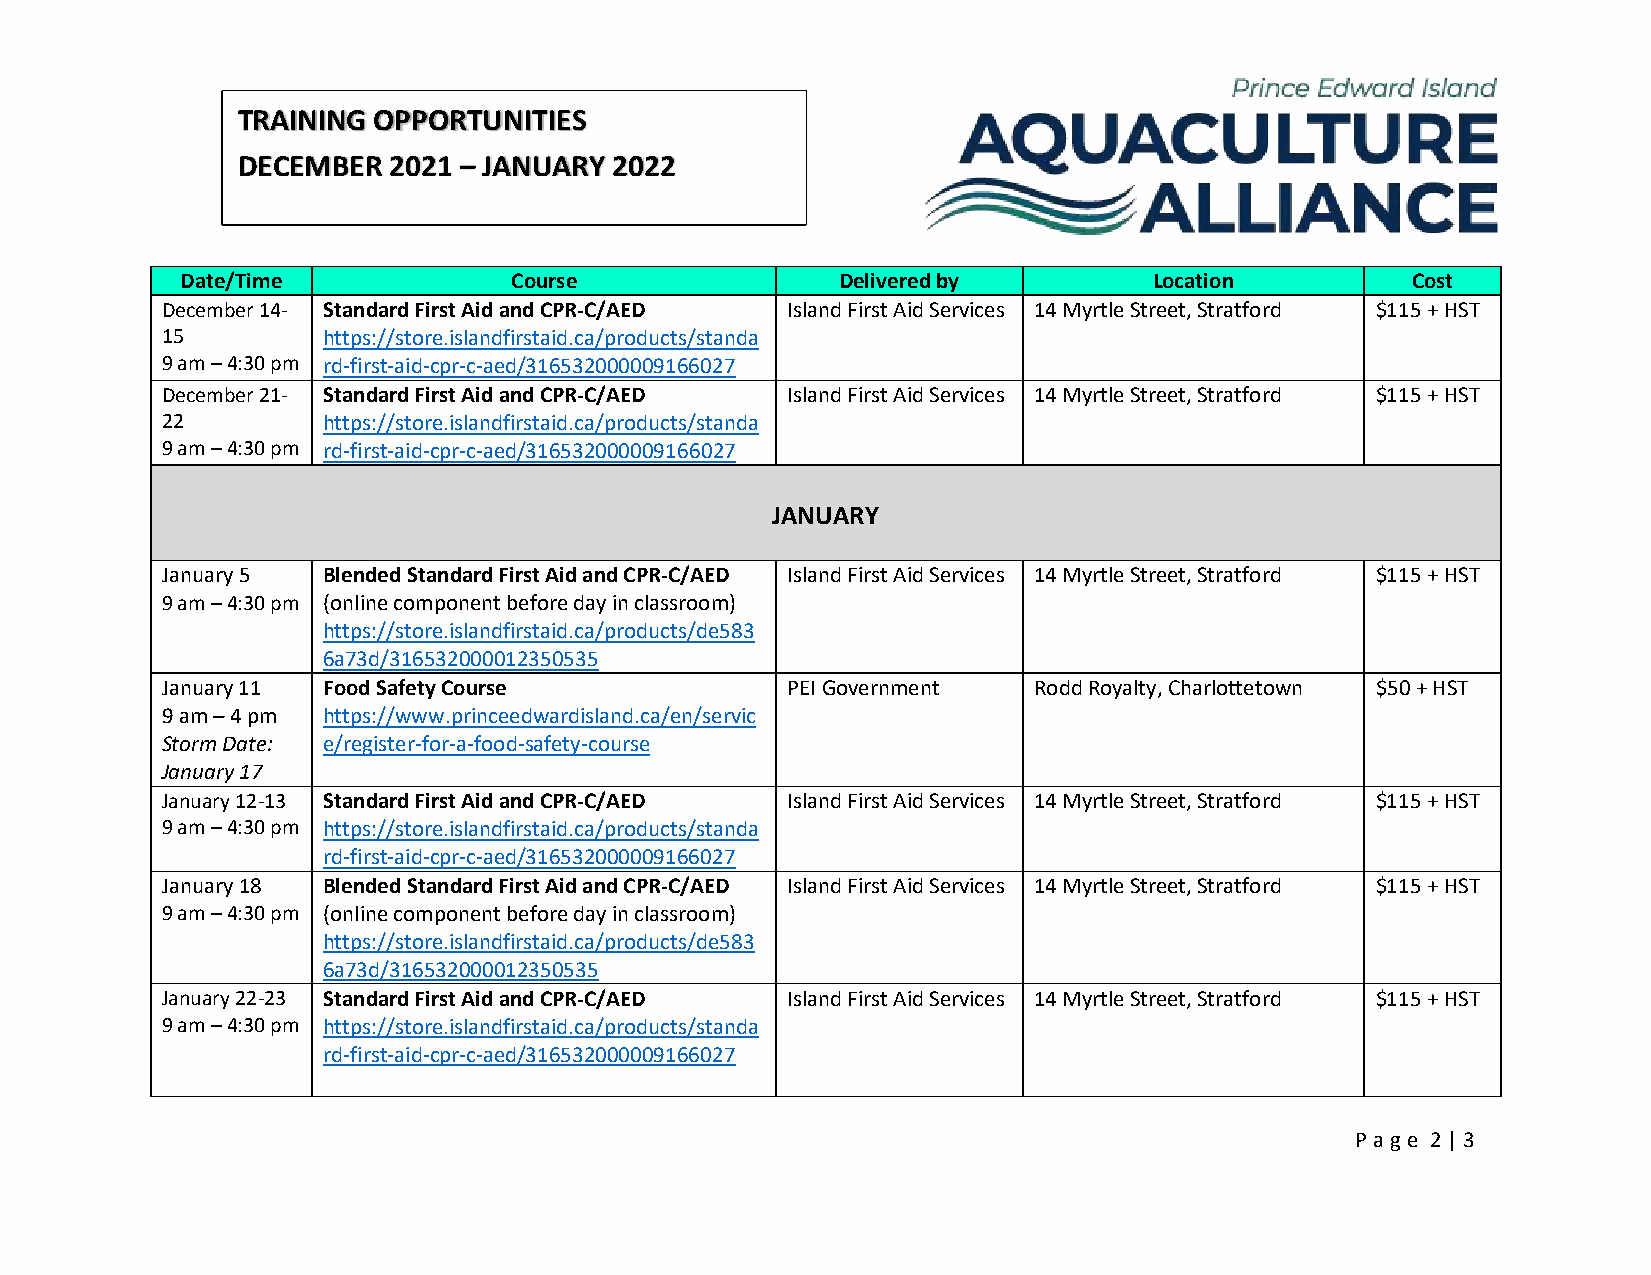
TRAINING OPPORTUNITIES
 DECEMBER  2021 – JANUARY 2022
 Date/Time             Course                Delivered by        Location         Cost
 December 14- Standard First Aid and CPR-C/AED Island First Aid Services 14 Myrtle Street, Stratford $115 + HST
 15        https://store.islandfirstaid.ca/products/standa
 9 am – 4:30 pm rd-first-aid-cpr-c-aed/316532000009166027
 December 21- Standard First Aid and CPR-C/AED Island First Aid Services 14 Myrtle Street, Stratford $115 + HST
 22        https://store.islandfirstaid.ca/products/standa
 9 am – 4:30 pm rd-first-aid-cpr-c-aed/316532000009166027
 JANUARY
 January 5 Blended Standard First Aid and CPR-C/AED Island First Aid Services 14 Myrtle Street, Stratford $115 + HST
 9 am – 4:30 pm (online component before day in classroom)
 https://store.islandfirstaid.ca/products/de583
 6a73d/316532000012350535
 January 11 Food Safety Course            PEI Government  Rodd Royalty, Charlottetown $50 + HST
 9 am – 4 pm https://www.princeedwardisland.ca/en/servic
 Storm Date: e/register-for-a-food-safety-course
 January 17
 January 12-13 Standard First Aid and CPR-C/AED Island First Aid Services 14 Myrtle Street, Stratford $115 + HST
 9 am – 4:30 pm https://store.islandfirstaid.ca/products/standa
 rd-first-aid-cpr-c-aed/316532000009166027
 January 18 Blended Standard First Aid and CPR-C/AED Island First Aid Services 14 Myrtle Street, Stratford $115 + HST
 9 am – 4:30 pm (online component before day in classroom)
 https://store.islandfirstaid.ca/products/de583
 6a73d/316532000012350535
 January 22-23 Standard First Aid and CPR-C/AED Island First Aid Services 14 Myrtle Street, Stratford $115 + HST
 9 am – 4:30 pm https://store.islandfirstaid.ca/products/standa
 rd-first-aid-cpr-c-aed/316532000009166027
 P age 2 | 3